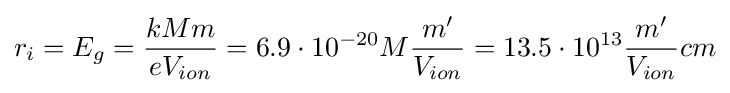
r_{i}=E_{g}={\frac {kMm}{eV_{ion}}}=6.9\cdot 10^{-20}M{\frac {m'}{V_{ion}}}=13.5\cdot 10^{13}{\frac {m'}{V_{ion}}}cm